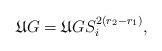
LaTeX: \begin{align*}\mathfrak{U}G=\mathfrak{U}GS^{2(r_2-r_1)}_i,\end{align*}